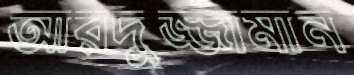
আরদুজ্জামান